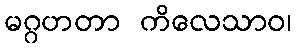
မဂ္ဂဟတာ ကိလေသာဝ၊